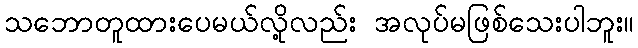
သဘောတူထားပေမယ်လို့လည်း အလုပ်မဖြစ်သေးပါဘူး။